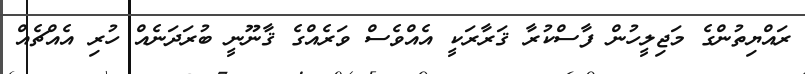
ރައްޔިތުންގެ މަޖިލީހުން ފާސްކުރާ ޤަރާރަކީ އެއްވެސް ވަރެއްގެ ޤާނޫނީ ބުރަދަނެއް ހުރި އެއްޗެއް